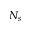
N _ { s }